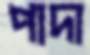
পাদা